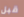
قبل